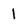
Character: I